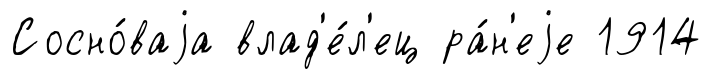
Сосно́ваjа влад'е́л'ец ра́н'еjе 1914